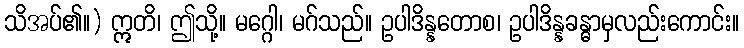
သိအပ်၏။) ဣတိ၊ ဤသို့။ မဂ္ဂေါ၊ မဂ်သည်။ ဥပါဒိန္နတောစ၊ ဥပါဒိန္နခန္ဓာမှလည်းကောင်း။